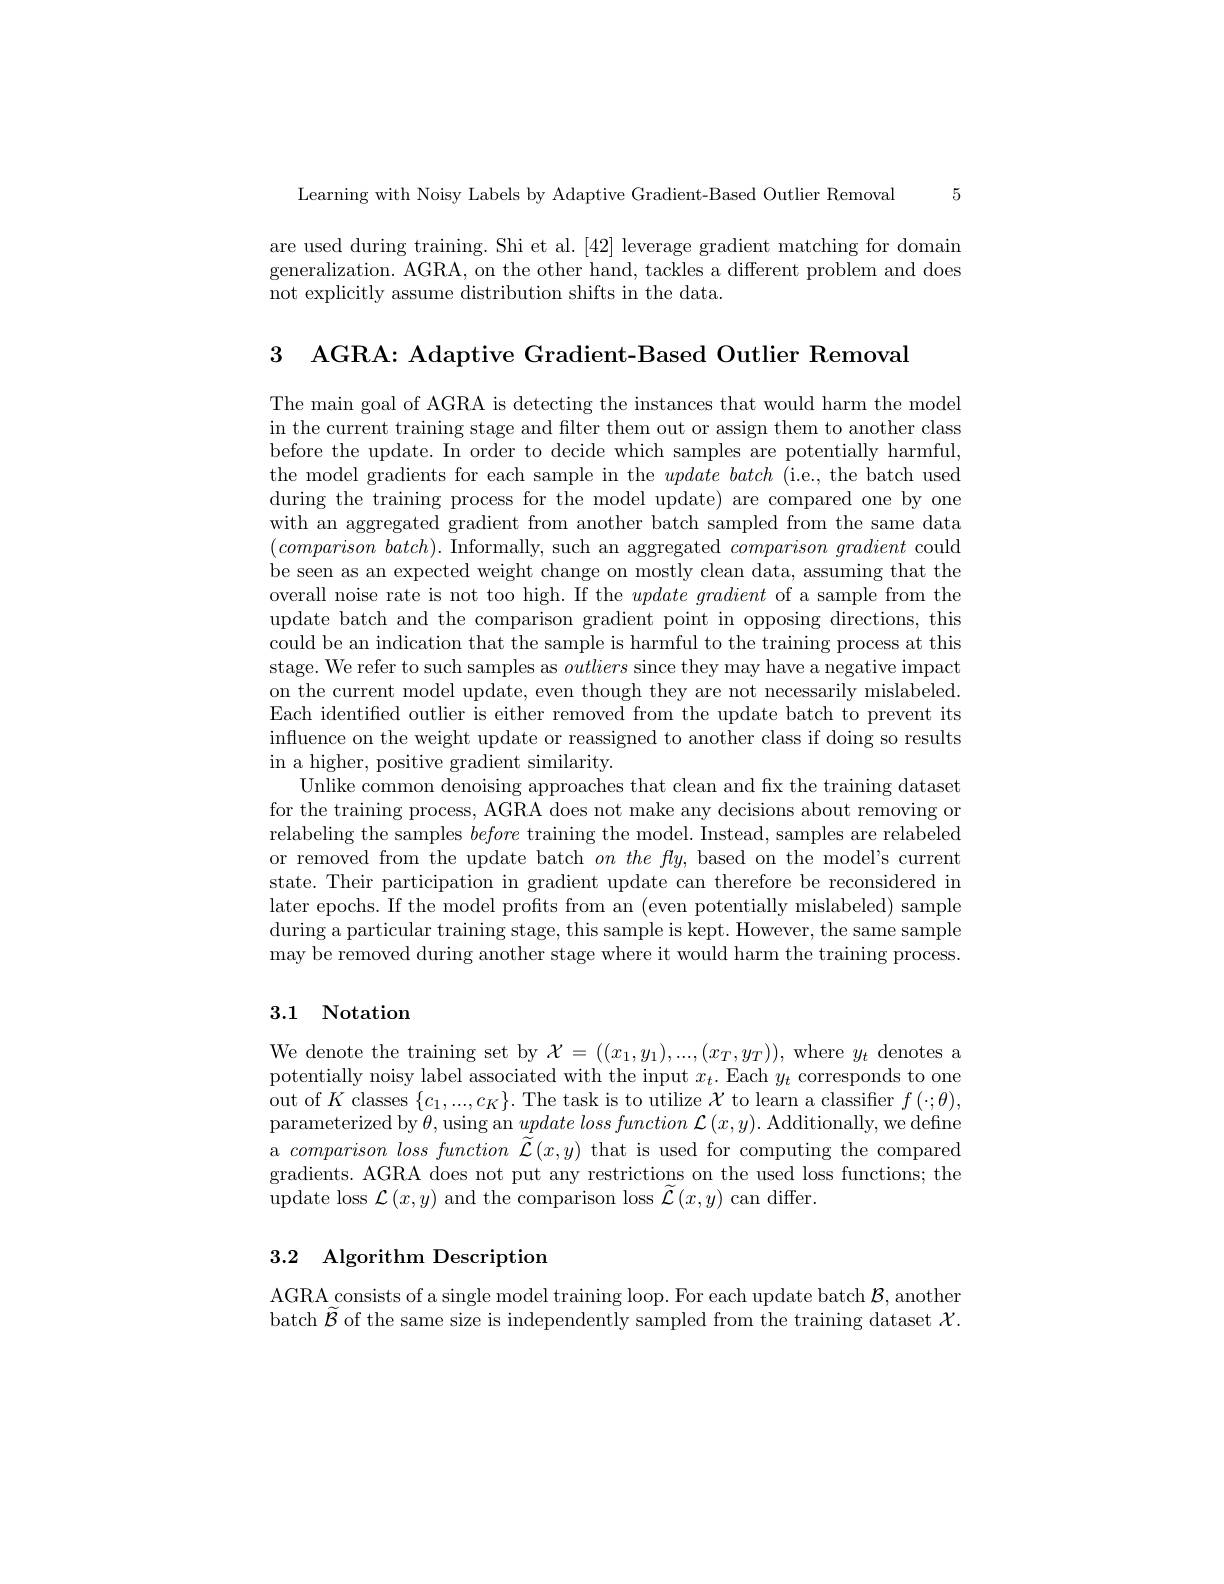
5

Learning with Noisy Labels by Adaptive Gradient-Based Outlier Removal

are used during training. Shi et al. [42] leverage gradient matching for domain generalization. AGRA, on the other hand, tackles a different problem and does not explicitly assume distribution shifts in the data.

3 AGRA: Adaptive Gradient-Based Outlier Removal

The main goal of AGRA is detecting the instances that would harm the model in the current training stage and filter them out or assign them to another class before the update. In order to decide which samples are potentially harmful, the model gradients for each sample in the $update\textit{batch}$(i.e., the batch used during the training process for the model update) are compared one by one with an aggregated gradient from another batch sampled from the same data $(comparisonbatch).$ Informally, such an aggregated $comparison\textit{ gradient could}$ be seen as an expected weight change on mostly clean data, assuming that the overall noise rate is not too high. If the $update\textit{gradient of a sample from the}$ update batch and the comparison gradient point in opposing directions, this could be an indication that the sample is harmful to the training process at this stage. We refer to such samples as outliers since they may have a negative impact on the current model update, even though they are not necessarily mislabeled. Each identified outlier is either removed from the update batch to prevent its influence on the weight update or reassigned to another class if doing so results in a higher, positive gradient similarity.
Unlike common denoising approaches that clean and fix the training dataset for the training process, AGRA does not make any decisions about removing or relabeling the samples before training the model. Instead, samples are relabeled or removed from the update batch $on\textit{the fly, based on the model' s current}$ state. Their participation in gradient update can therefore be reconsidered in later epochs. If the model profits from an (even potentially mislabeled) sample during a particular training stage, this sample is kept. However, the same sample may be removed during another stage where it would harm the training process.

## 3.1 Notation

We denote the training set by $\mathcal{X}=((x_1,y_1),...,(x_T,y_T))$, where $y_t$ denotes a potentially noisy label associated with the input $x_t.$ Each $y_t$ corresponds to one out of $K$ classes $\{c_1,...,c_K\}.$ The task is to utilize $\mathcal{X}$ to learn a classiffer $f(\cdot;\theta)$, parameterized by $\theta$,using an $update\textit{loss function }\mathcal{L} \left ( x, y\right ) .$ Additionally, we define a comparison loss function $\tilde{\tilde{\mathcal{L}}}(x,y)$ that is used for computing the compared gradients. AGRA does not put any restrictions on the used loss functions; the update loss $\mathcal{L}\left(x,y\right)$and the comparison loss $\widetilde{\mathcal{L}}\left(x,y\right)$can differ.

## 3.2 Algorithm Description

AGRA consists of a single model training loop. For each update batch $\mathcal{B}$, another batch $\widetilde{\mathcal{B}}$ of the same size is independently sampled from the training dataset $\mathcal{X}.$